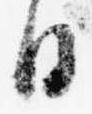
日